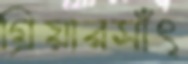
গ্রিয়ারসাঁৎ